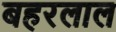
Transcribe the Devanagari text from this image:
बहरलाल